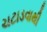
ચટાડવાથી